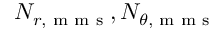
N _ { r , \textrm { m m s } } , N _ { \theta , \textrm { m m s } }